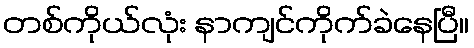
တစ်ကိုယ်လုံး နာကျင်ကိုက်ခဲနေပြီ။